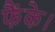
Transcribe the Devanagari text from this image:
फैंके।